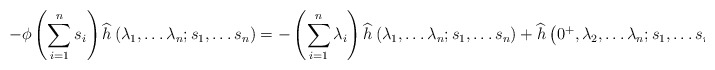
\begin{align*}-\phi\left(\sum_{i=1}^{n}s_{i}\right)\widehat{h}\left(\lambda_{1},\ldots\lambda_{n};s_{1},\ldots s_{n}\right)=-\left(\sum_{i=1}^{n}\lambda_{i}\right)\widehat{h}\left(\lambda_{1},\ldots\lambda_{n};s_{1},\ldots s_{n}\right)+\widehat{h}\left(0^{+},\lambda_{2},\ldots\lambda_{n};s_{1},\ldots s_{n}\right).\end{align*}